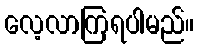
လေ့လာကြရပါမည်။